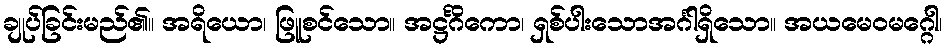
ချုပ်ခြင်းမည်၏။ အရိယော၊ ဖြူစင်သော။ အဋ္ဌင်္ဂိကော၊ ရှစ်ပါးသောအင်္ဂါရှိသော။ အယမေဝမဂ္ဂေါ၊